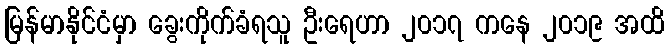
မြန်မာနိုင်ငံမှာ ခွေးကိုက်ခံရသူ ဦးရေဟာ ၂၀၁၇ ကနေ ၂၀၁၉ အထိ